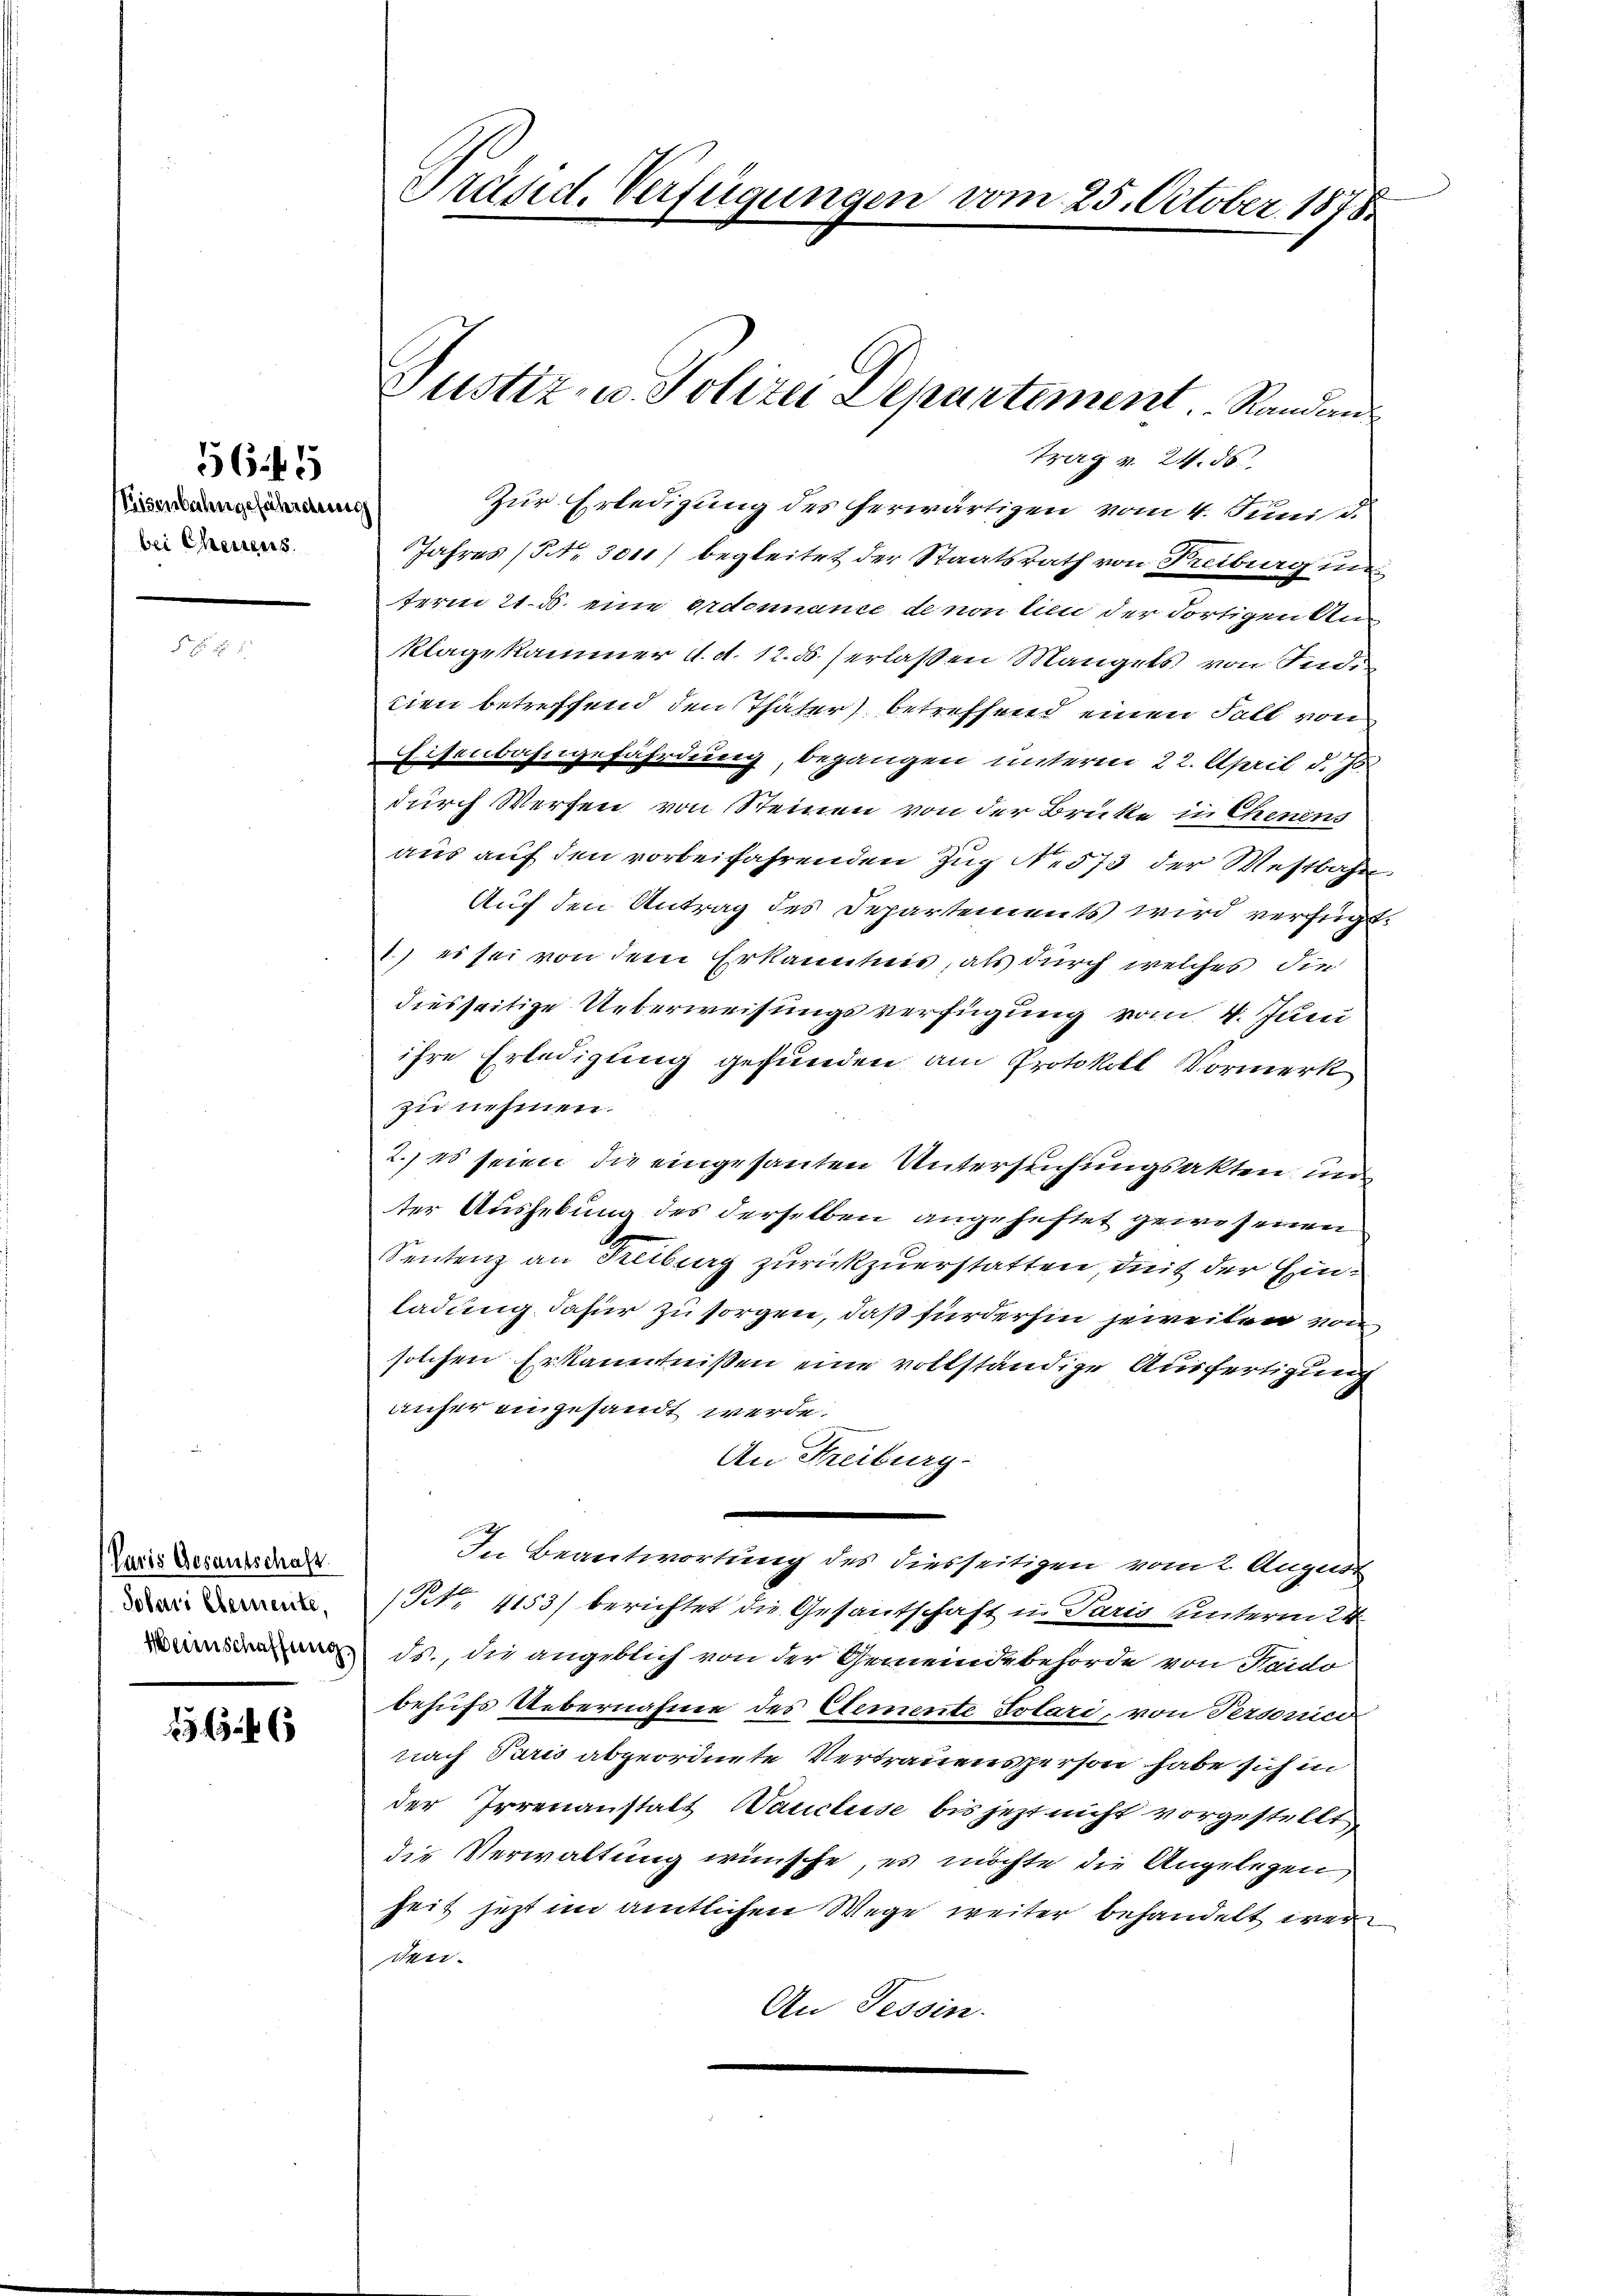
Reisenbahngefährdete
bei Chenens

56 f 5

Paris Gesantschaft
Solari Elemente,

trag v. 24. 55
Jahres (Nr. 3011) begleitet der Staatsrath von Freiburg un
term 21. d. eine Erdonnance de non tien der dortigen Anklagekammer d. d. 12. ds. erlaßen Mangels von Indi
tien betreffend den Thäter) betreffend einen Fall von
Eisenbahngefährdung, begangen unterm 22. April d. Js
durch Werfen von Steinen von der Brütte in Chenens
aus auf den vorbeifahrenden Zug No 573 der Westbahn
Auch den Antrag des Departements wird verfügt
1) es sei von dem Erkanntnis, als durch welches die
diesseitige Ueberweisungsverfügung vom 4. Juni
ihre Erledigung gefunden am Protokoll Vormerk
zie nehmen.
2.) es seien die eingesanten Untersuchungsakten un
ter Aushebung des derselben angeheftet gewesenen
Sentenz an Reiburg zurückzuerstatten, deit der Einladung dafür zu sorgen, daß fürderhin jeweiten von
solchen Erkanntnißen eine vollständige Ausfertigung
anfer eingesandt werde.
An Freiburg-
In Beantwortung des diesseitigen vom 2. August
(Nr. 4153) berichtet die Gesantschaft u. Paris unterm 24.
 ds., die angeblich von der Gemeindebehörde von Saido
behufs Uebernahme des Elemente Votari, von Persorico
nach Paris abgeordnete Vertrauensperson habe sich in
der Irrenanstalt Wancluse bis jezt nicht vorgestellt
die Verwaltung wünsche, es möchte die Angelegen
heit jetzt im amtlichen Wege weiter behandelt wer
dee.
An Tessin.

Präsid. Verfügungen vom 25. October 1878.

Justiz- u. Polizei Departement. Randan
Zur Erledigung des herwärtigen vom 4. Juni d.

2